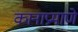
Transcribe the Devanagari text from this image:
कानाप्रमाणे